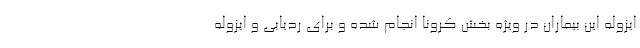
ایزوله این بیماران در ویژه بخش کرونا انجام شده و برای ردیابی و ایزوله